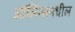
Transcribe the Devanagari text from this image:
ऑर्लिन्समधील